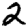
Digit: 2